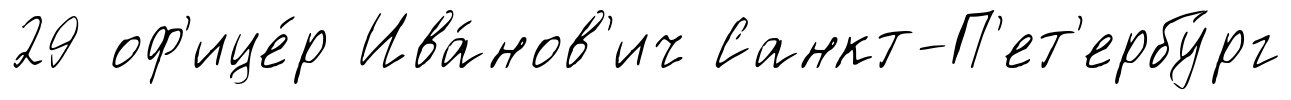
29 оф'ице́р Ива́нов'ич Санкт-П'ет'ербу́рг